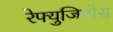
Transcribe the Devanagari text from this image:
रेफ्युजियोस